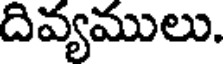
దివ్యములు.